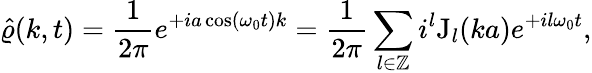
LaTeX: \hat{\varrho}(k,t)=\frac{1}{2\pi}e^{+ia\cos(\omega_{0}t)k}=\frac{1}{2\pi}\sum_{l\in\mathbb{Z}}i^{l}\mathrm{J}_{l}(ka)e^{+il\omega_{0}t},